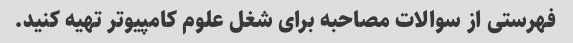
فهرستی از سوالات مصاحبه برای شغل علوم کامپیوتر تهیه کنید.